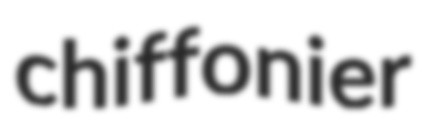
chiffonier